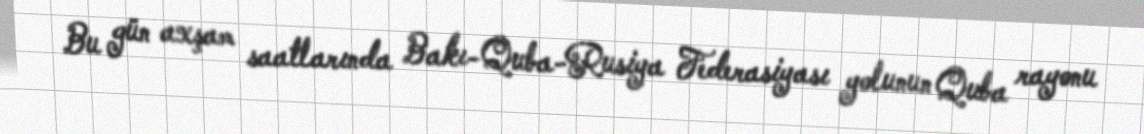
Bu gün axşam saatlarında Bakı-Quba-Rusiya Federasiyası yolunun Quba rayonu